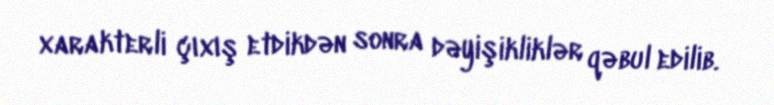
xarakterli çıxış etdikdən sonra dəyişikliklər qəbul edilib.